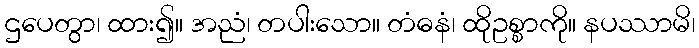
ဌပေတွာ၊ ထား၍။ အညံ၊ တပါးသော။ တံဓနံ၊ ထိုဥစ္စာကို။ နပဿာမိ၊